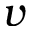
v